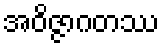
အဝိဇ္ဇာဂတဿ